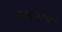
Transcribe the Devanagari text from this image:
सम्राटच्याा